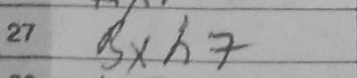
Transcription: Bxh7